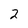
Character: 2